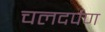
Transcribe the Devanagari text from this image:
चलदर्पण